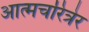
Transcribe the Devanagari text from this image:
आत्मचरित्रेर